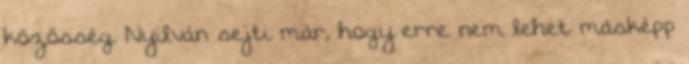
közösség. Nyilván sejti már, hogy erre nem lehet másképp